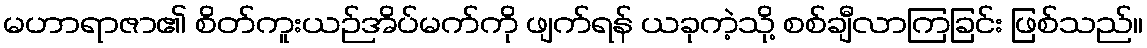
မဟာရာဇာ၏ စိတ်ကူးယဉ်အိပ်မက်ကို ဖျက်ရန် ယခုကဲ့သို့ စစ်ချီလာကြခြင်း ဖြစ်သည်။